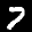
Label: 7